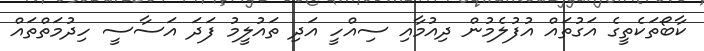
ކާބޯތަކެތީގެ އަގުތައް އުފުލެމުން ދިއުމާއި ސިއްހީ އަދި ތައުލީމު ފަދަ އަސާސީ ހިދުމަތްތައް